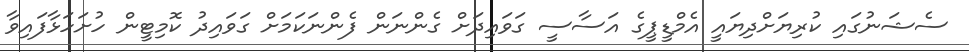
ސެޝަނުގައި ކުރިޔަށްދިޔައީ އެމްޑީޕީގެ އަސާސީ ގަވައިދަށް ގެންނަން ފެންނަކަމަށް ގަވައިދު ކޮމިޓީން ހުށަހަޅާފައިވާ